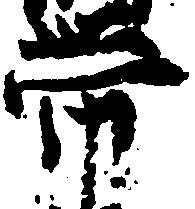
帯